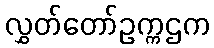
လွှတ်တော်ဥက္ကဌက